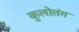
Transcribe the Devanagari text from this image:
कुलोत्तंग